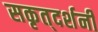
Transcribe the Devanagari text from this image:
सकृत्‌दर्शनी